Ajakirja_Uliopilasleht_toimetus, lk 2
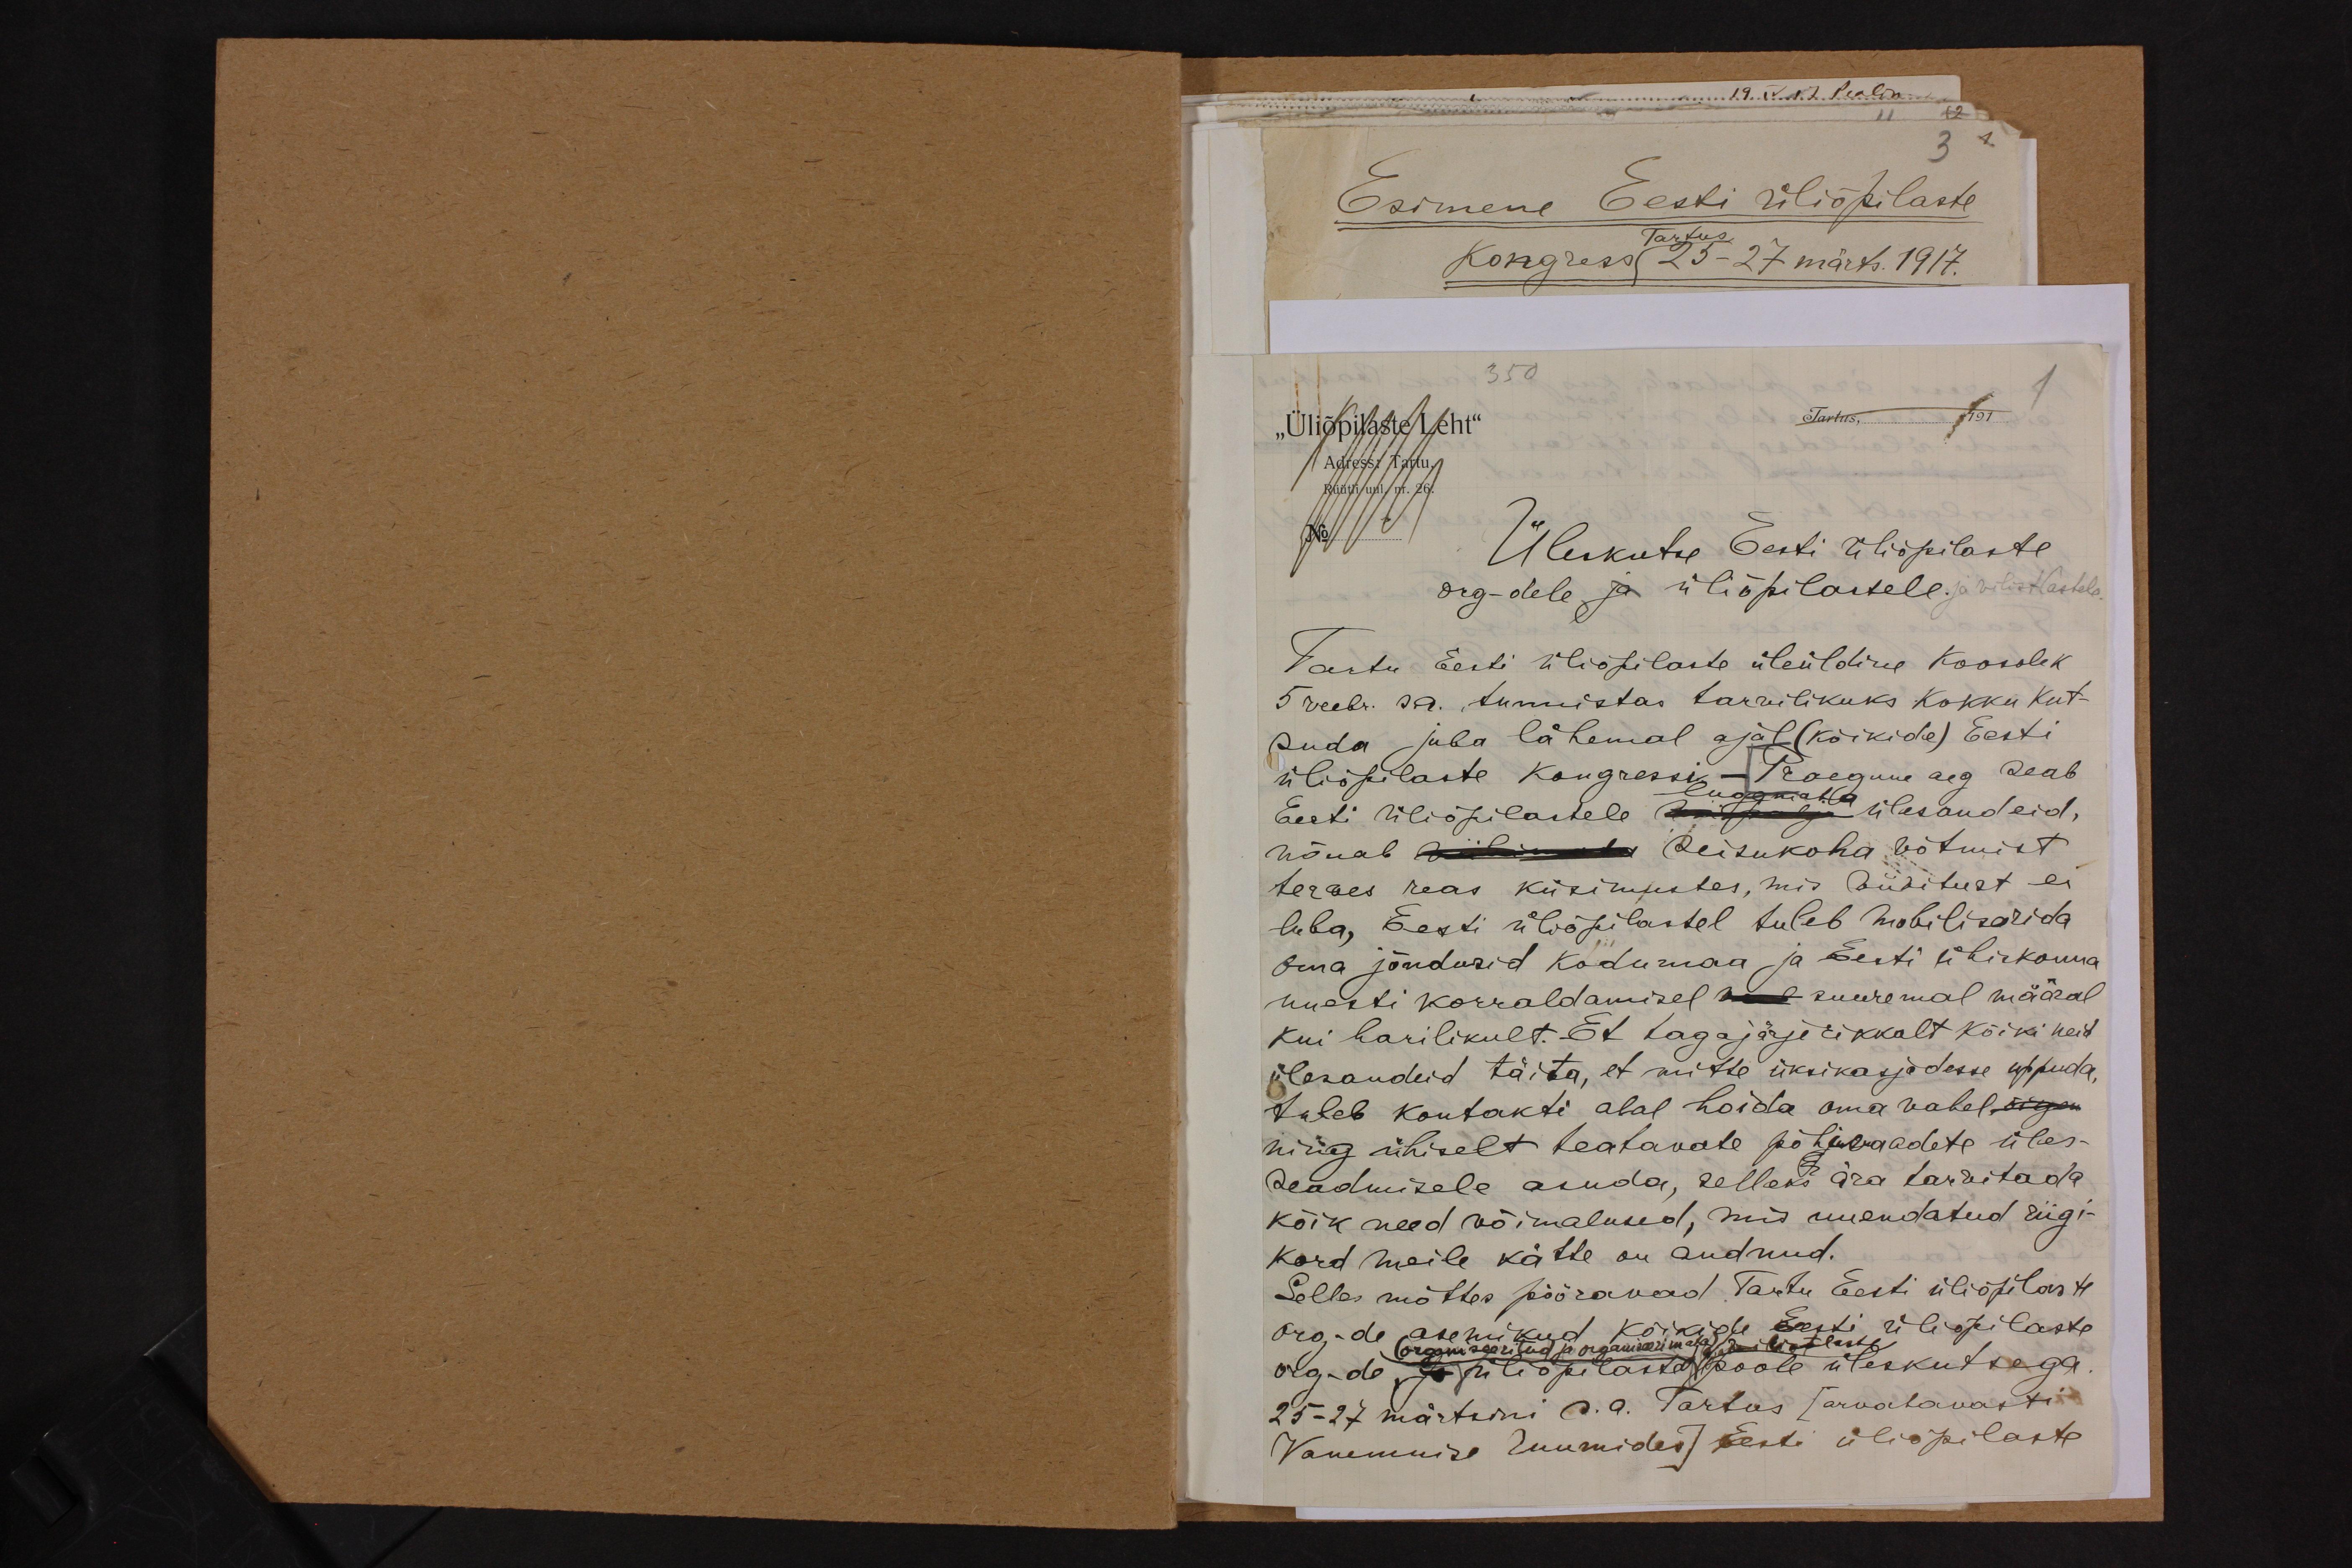
350
"Üliõpilaste leht"
Tartus,  191
1
Adress Tartu
Rüütli uul. nr. 26.
Üleskutse Eesti üliõpilaste
org-dele ja üliõpilastele.
Tartu Eesti üliõpilaste üleüldine koosolek
5 veebr. s.a. tunnistas tarvilikuks kokku kut-
suda juba lähemal ajal (kõikide) Eesti
üliõpilaste kongressi,- Praegune aeg seab
Eesti üliõpilastele palju ülesandeid,
lugematta
nõuab wiibimata seisukoha võtmist
terves reas küsimustes, mis viivitust ei
luba, Eesti üliõpilastel tuleb mobiliseerida
Oma jõudusid kodumaa ja Eesti ühiskonna
uuesti korraldamisel mul suuremal määral
kui harilikult. Et tagajärjerikkalt kõiki neid
ülesandeid täita, et mitte üksikasjadesse uppuda,
tuleb kontakti alal hoida oma vahel. õigen
ning ühiselt teatavate põhivaadete üles-
seadmistele asuda, selleks ära tarvitada
kõik need võimalused, mis uuendatud riigi-
kord meile kätte on andnud.
Selles mõttes pööravad Tartu Eesti üliõpilaste
org-de asemikud kõikide Eesti üliõipilaste
organiseeritud ja organiseerimata õpilaste
org-de ja üliõpilaste poole üleskutsega
25-27 märtsini s. a. Tartus [arvatavasti
Vanemuise ruumides] Eesti üliõpilaste